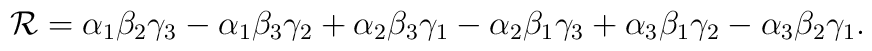
{\cal R}=\alpha_1 \beta_2 \gamma_3 -\alpha_1 \beta_3 \gamma_2 +\alpha_2 \beta_3 \gamma_1 -\alpha_2 \beta_1 \gamma_3 +\alpha_3 \beta_1 \gamma_2 -\alpha_3 \beta_2 \gamma_1.